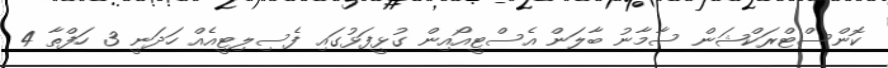
ކޮންސްޓްރަކްޝަން ސާމާނު ބާލަން އެސްޓީއޯއިން ގުޅީފަޅުގައި ފެސިލިޓީއެއް ހަދަނީ 3 ހަފްތާ 4